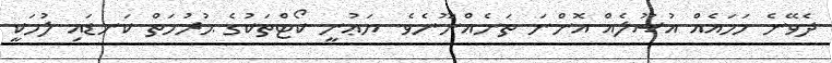
ދެވޭނެ ހަމައެއް އުޞޫލެއް އޮންނަ ތަނެއްނޫނެވެ. ޔަޢުނީ ކޯޓްތަކުގެ ޙުރުމަތް ކަނޑައި ލުމަކީ